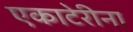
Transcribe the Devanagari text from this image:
एकाटेरीना